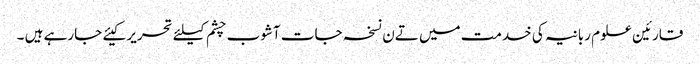
قارئین علوم ربانیہ کی خدمت میں تےن نسخہ جات آشوب چشم کیلئے تحریر کیئے جارہے ہیں ۔